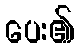
ပေး၏